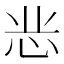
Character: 𭜝